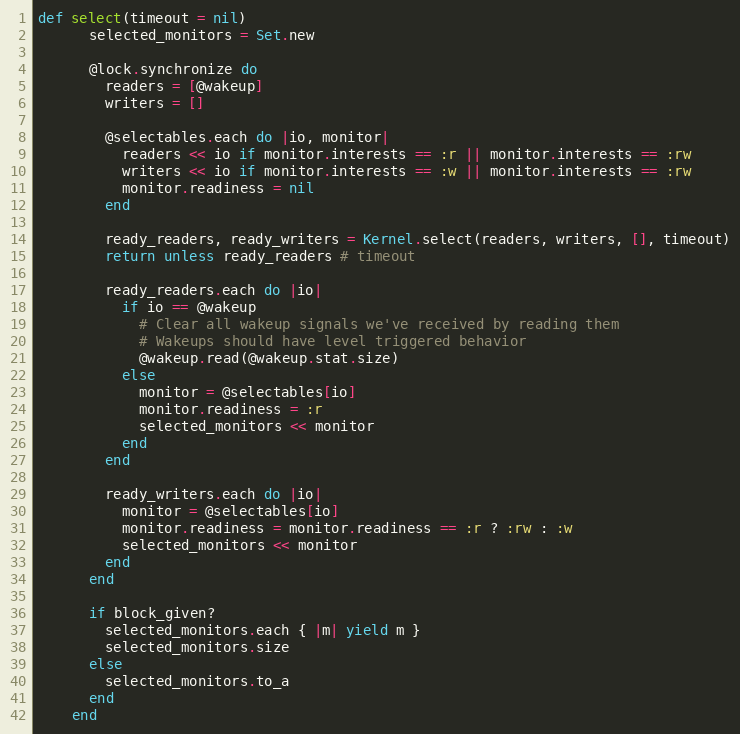
Language: Ruby
def select(timeout = nil)
      selected_monitors = Set.new

      @lock.synchronize do
        readers = [@wakeup]
        writers = []

        @selectables.each do |io, monitor|
          readers << io if monitor.interests == :r || monitor.interests == :rw
          writers << io if monitor.interests == :w || monitor.interests == :rw
          monitor.readiness = nil
        end

        ready_readers, ready_writers = Kernel.select(readers, writers, [], timeout)
        return unless ready_readers # timeout

        ready_readers.each do |io|
          if io == @wakeup
            # Clear all wakeup signals we've received by reading them
            # Wakeups should have level triggered behavior
            @wakeup.read(@wakeup.stat.size)
          else
            monitor = @selectables[io]
            monitor.readiness = :r
            selected_monitors << monitor
          end
        end

        ready_writers.each do |io|
          monitor = @selectables[io]
          monitor.readiness = monitor.readiness == :r ? :rw : :w
          selected_monitors << monitor
        end
      end

      if block_given?
        selected_monitors.each { |m| yield m }
        selected_monitors.size
      else
        selected_monitors.to_a
      end
    end